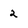
Character: 2